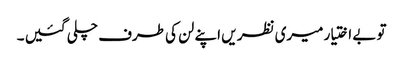
تو بے اختیار میری نظر یں اپنے لن کی طرف چلی گئیں ۔